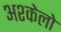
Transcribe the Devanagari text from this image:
अश्केलो